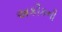
અકીકની